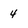
Character: 4